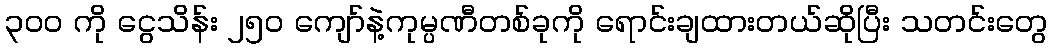
၃၀၀ ကို ငွေသိန်း ၂၅၀ ကျော်နဲ့ကုမ္ပဏီတစ်ခုကို ရောင်းချထားတယ်ဆိုပြီး သတင်းတွေ